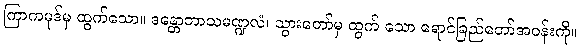
ကြာကမုဒ်မှ ထွက်သော။ ဒန္တောဘာသမဏ္ဍလံ၊ သွားတော်မှ ထွက် သော ရောင်ခြည်တော်အဝန်းကို။